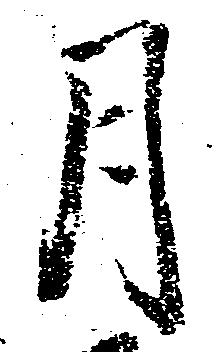
月